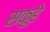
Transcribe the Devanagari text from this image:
सकुहे